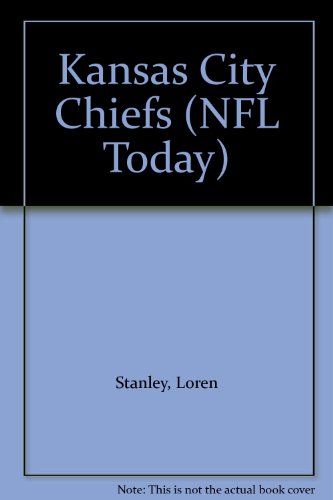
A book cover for Kansas City Chiefs (NFL Today); Loren Stanley; Teen & Young Adult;